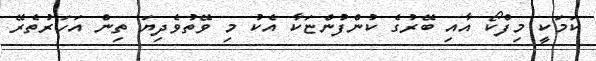
ކަމަކީ މިފްކޯ އާއި ބޭރުގެ ކުންފުންޏަކާ އެކު މި ވޭތުވެދިޔަ ތިން އަހަރުތެރޭ